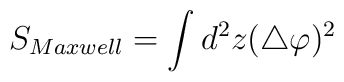
S_{Maxwell}=\int d^2z(\bigtriangleup \varphi )^2